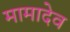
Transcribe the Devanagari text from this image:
मामादेव